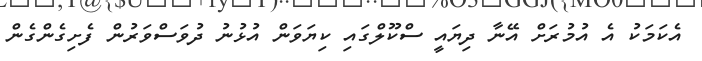
އެކަމަކު އެ އުމުރަށް އޭނާ ދިޔައީ ސްކޫލްގައި ކިޔަވަން އުޅުނު ދުވަސްވަރުން ފެށިގެންގެން